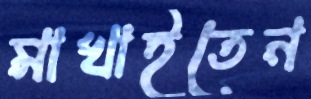
মাখাইতেন